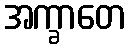
အက္ခာတေ